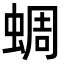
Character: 蜩